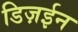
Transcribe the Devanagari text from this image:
डिज़ईन